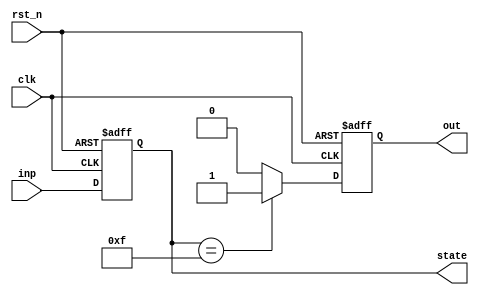
module reset_condition_block (
    input wire clk,            // Clock signal
    input wire rst_n,         // Active low reset signal (0: reset, 1: normal operation)
    input wire [3:0] inp,     // Example input signal (could be data or other control signals)
    output reg [3:0] state,   // State output signal
    output reg out            // Example output signal
);

// State definition
localparam INITIAL_STATE = 4'b0000; // Define initial state

// Synchronous reset logic
always @(posedge clk or negedge rst_n) begin
    if (!rst_n) begin
        // Reset condition: initialize state variables
        state <= INITIAL_STATE; // Set state to initial value
        out <= 1'b0;             // Set output to a defined state during reset
    end else begin
        // Normal operation (example logic)
        state <= inp;            // Update state based on input
        out <= (state == 4'b1111) ? 1'b1 : 1'b0; // Example output logic
    end
end

endmodule